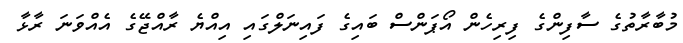
މުބާރާތުގެ ސާފިންގެ ފިރިހެން އޯޕަންސް ބައިގެ ފައިނަލްގައި އިއްޔެ ރާއްޖޭގެ އެއްވަނަ ރާޅާ